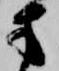
方